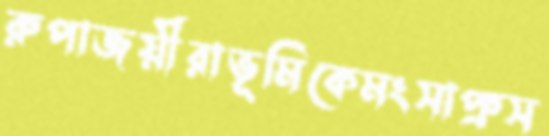
রুপাজয়ীরাভূমিকেমংসাপ্রুস